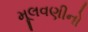
મૂલવણીનો